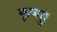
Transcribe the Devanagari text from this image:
कृष्णाु